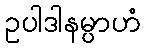
ဥပါဒါနမ္ပာဟံ